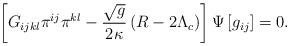
LaTeX: \begin{align*}\left[ G_{ijkl}\pi ^{ij}\pi ^{kl}-\frac{\sqrt{g}}{2\kappa }\left( R-2\Lambda_{c}\right) \right] \Psi \left[ g_{ij}\right] =0.\end{align*}